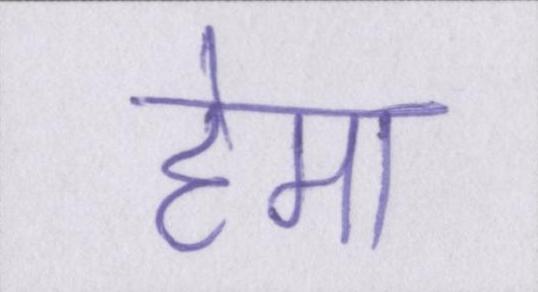
हेमा